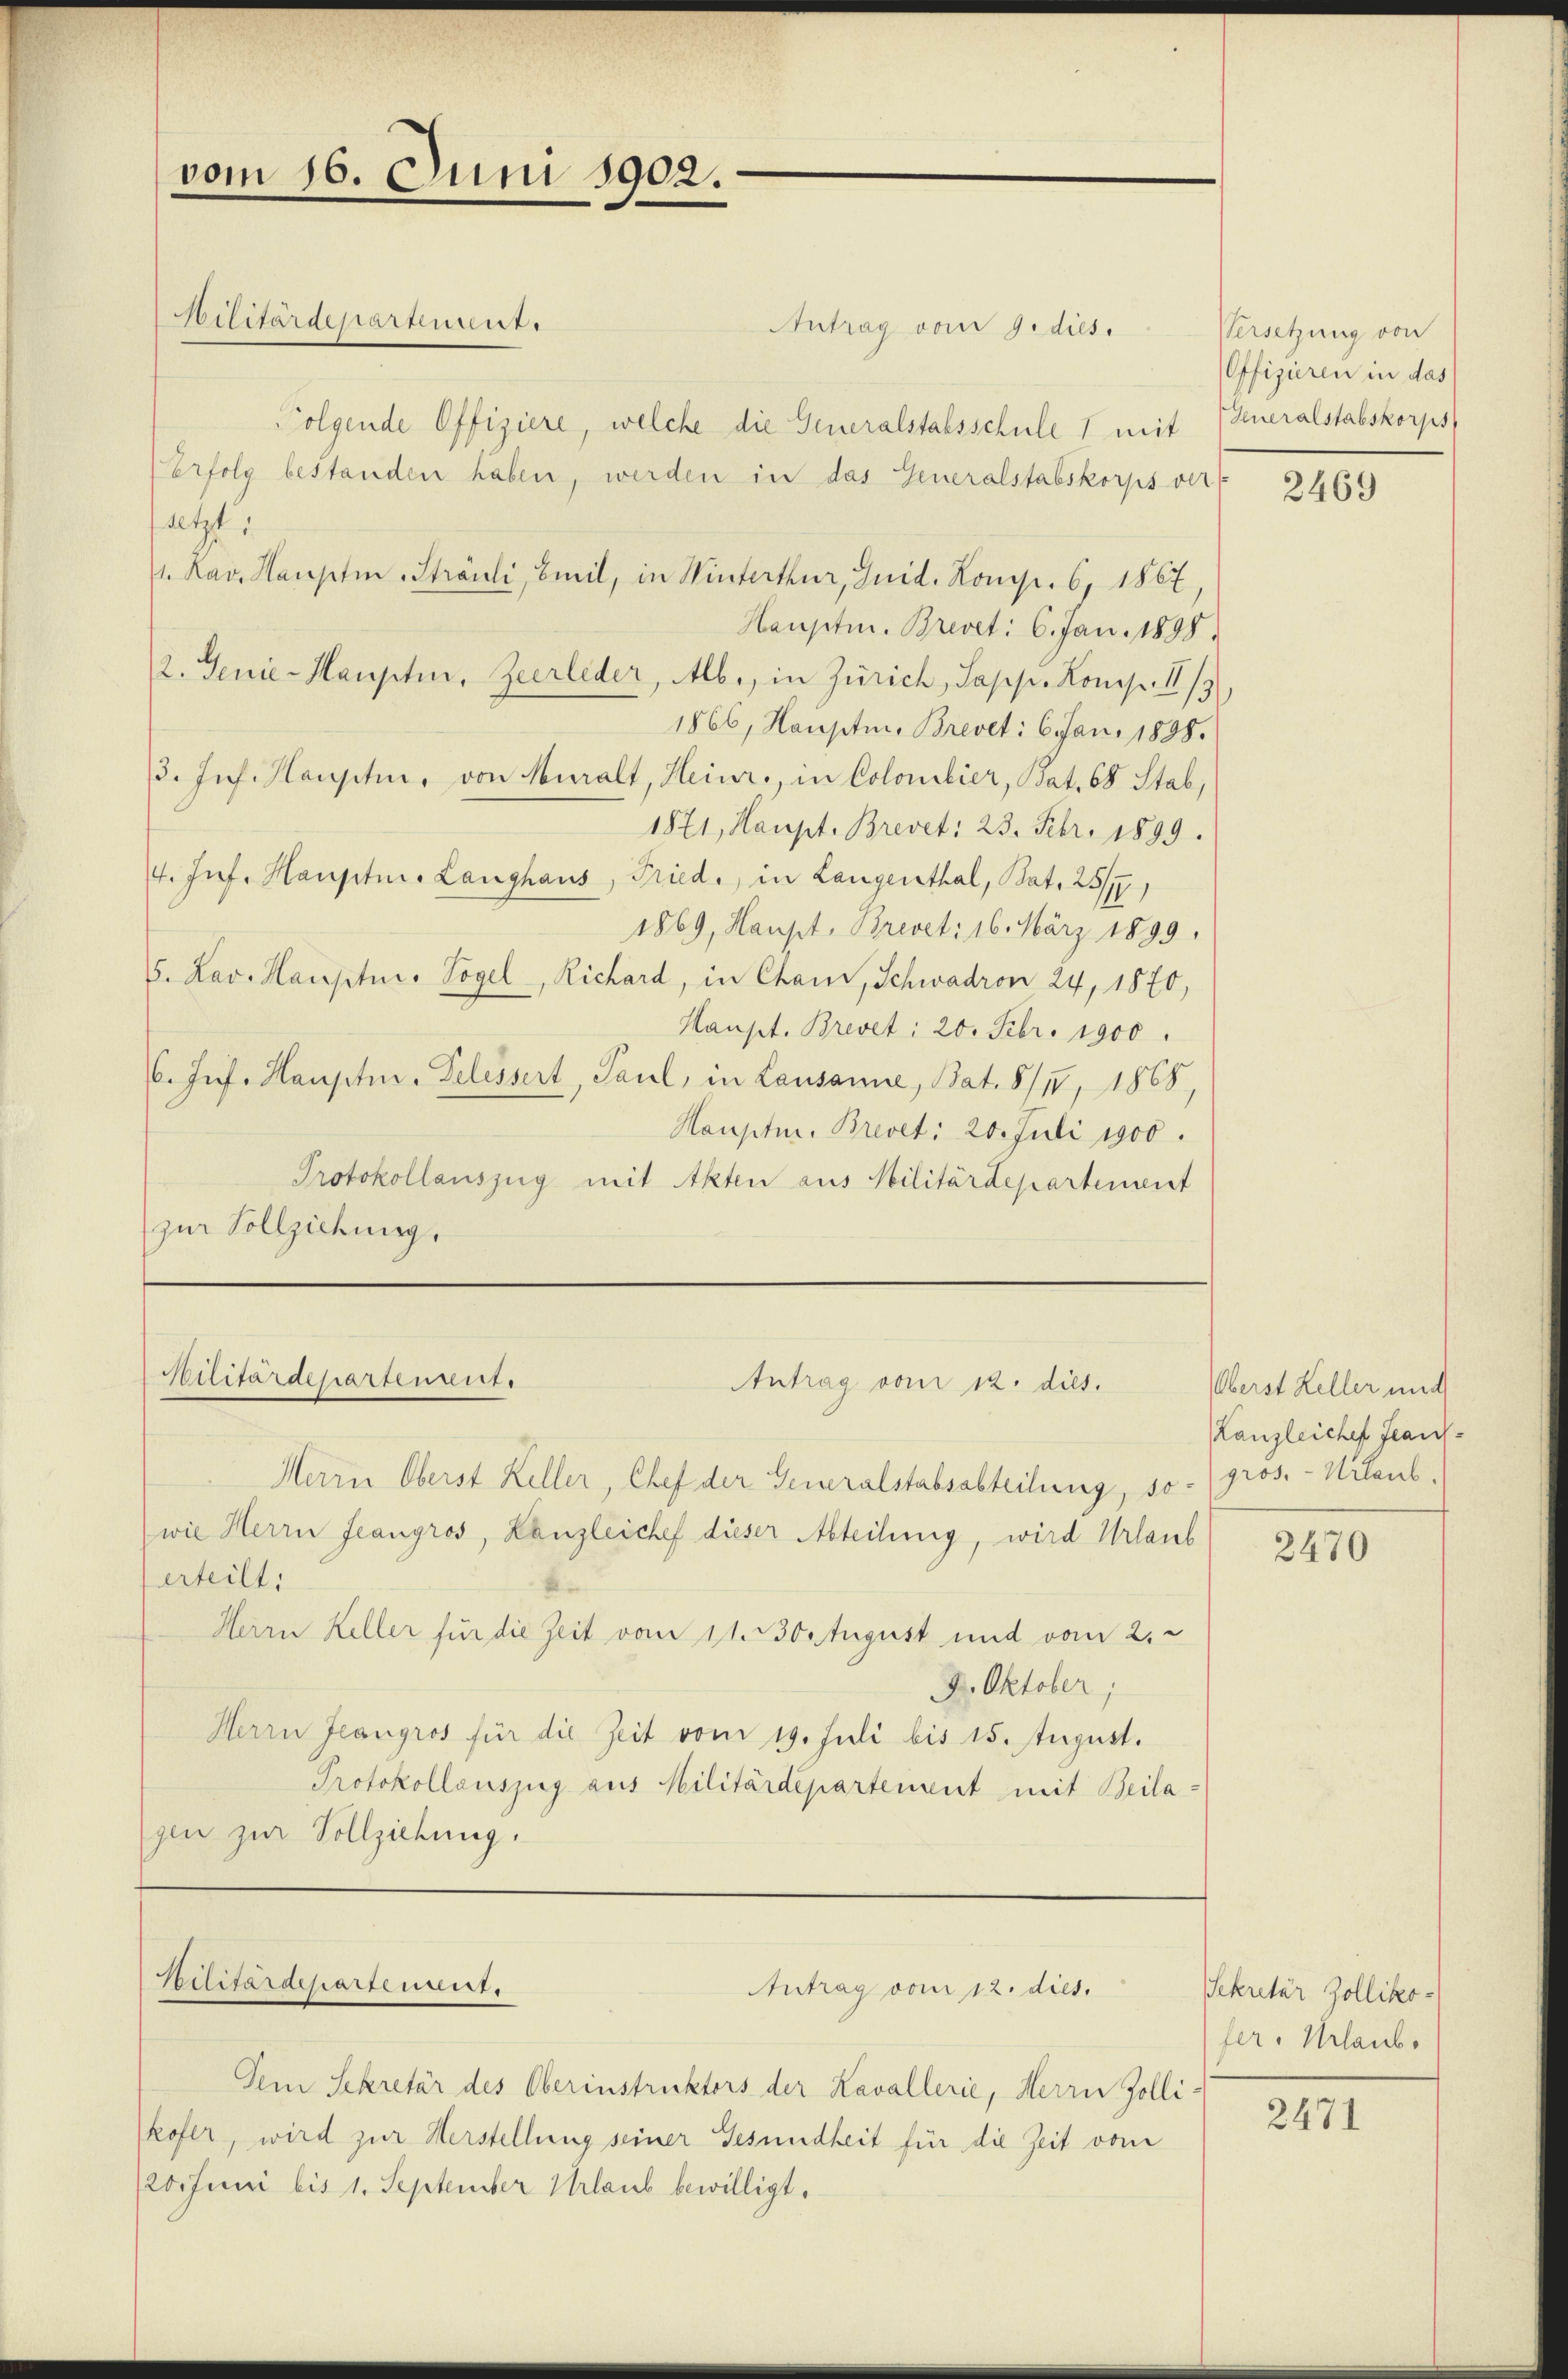
vom 16. Juni 1902.

Antrag vom 9. dies.
Folgende Offiziere, welche die Generalstalsschule 1 mit
erfolg bestanden haben, werden in das Generalstabskorps verf
setzt
1. Xav. Haupten Sträuli, Beil, in Winterthur, Guid. Komp. 6, 1867,
Hauptm. Brevet: 6. Jan. 1898.
2. Genie-Haupten, Zeerleder, Alb., in Zürich, Sapp. Komp. II/3
1866, Haupten, Brevet: 6. Jan. 1898.
3. Inf. Haupten, von Muralt, Heinr., in Colombier, Bat. 68 Stab,
1871, Haupt. Brevet: 23. Febr. 1899.
4. Inf. Hauptni. Langhaus, Fried, in Langenthal, Bat. 25/7,
1869, Haupt, Brevet: 16. März 1899.
5. Lav. Hauptm. Vogel, Richard, in Cham, Schwadron 24, 1870,
Haupt. Brevet: 20. Febr. 1900.
6. Jes. Haupten. Telessert, Paul, in Lausanne, Bat. 8/II, 1868,
Hauptm. Brevet: 20. Juli 1900.
Protokollauszug mit Akten aus Militärdepartement
zur Vollziehung,

Militärdepartement.

Militärdepartengut.

Poilitärdepartement.

Antrag vom 12. dies.

Herrn Oberst Keller, Chef der Generalstabsabteilung, so gros. - Urlaub.
wie Herrn Jeangros, Kanzleichef dieser Abteilung, wird Urlaub
erteilt;
Herrn Keller für die Zeit vom 11. 30. August und vom 2.
9. Oktober;
Herrn Jeangros für die Zeit vom 19. Juli bis 15. August.
Protokollauszug aus Militärdepartement mit Beilagen zur Vollziehung.

Antrag vom 12. dies.

Dem Sekretär des Oberinstruktors der Kavallerie, Herrn Zolli-
kofer, wird zur Herstellung seiner Gesundheit für die Zeit vom
20 Juni bis 1. September Urlaub bewilligt.

Versetzung von
Offizieren in das
Generalstabskorps,

2469

Oberst Keller mich
Lanzleiche Fran¬

2470

Sekretär Zollikofer. Urlaub.

2471